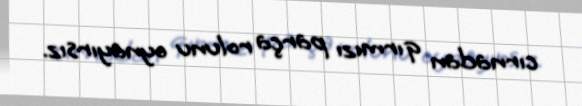
cırnadan qırmızı parça rolunu oynayırsız.